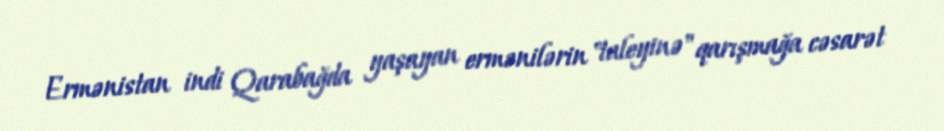
Ermənistan indi Qarabağda yaşayan ermənilərin "taleyinə" qarışmağa cəsarət